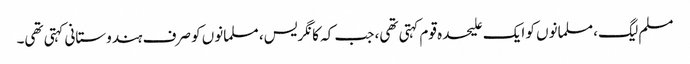
مسلم لیگ، مسلمانوں کو ایک علیحدہ قوم کہتی تھی، جب کہ کانگریس، مسلمانوں کو صرف ہندوستانی کہتی تھی۔